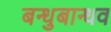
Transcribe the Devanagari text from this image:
बन्धुबान्धव